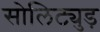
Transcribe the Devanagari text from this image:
सोलिट्युड़